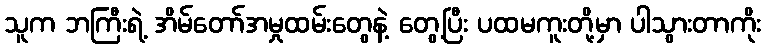
သူက ဘကြီးရဲ့ အိမ်တော်အမှုထမ်းတွေနဲ့ တွေ့ပြီး ပထမကူးတို့မှာ ပါသွားတာကိုး